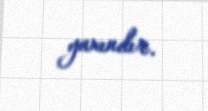
yaxındır.